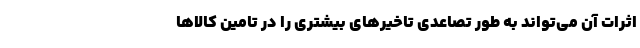
اثرات آن می‌تواند به طور تصاعدی تاخیرهای بیشتری را در تامین کالاها